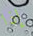
إذا